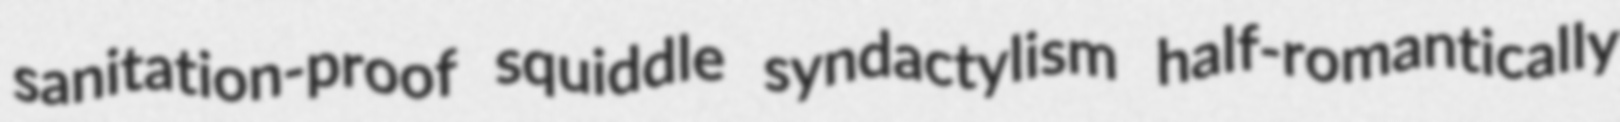
sanitation-proof squiddle syndactylism half-romantically